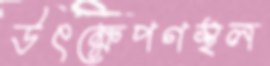
উৎক্ষেপণস্থল